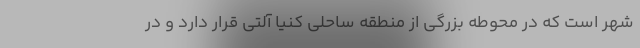
شهر است که در محوطه بزرگی از منطقه ساحلی کنیا آلتی قرار دارد و در